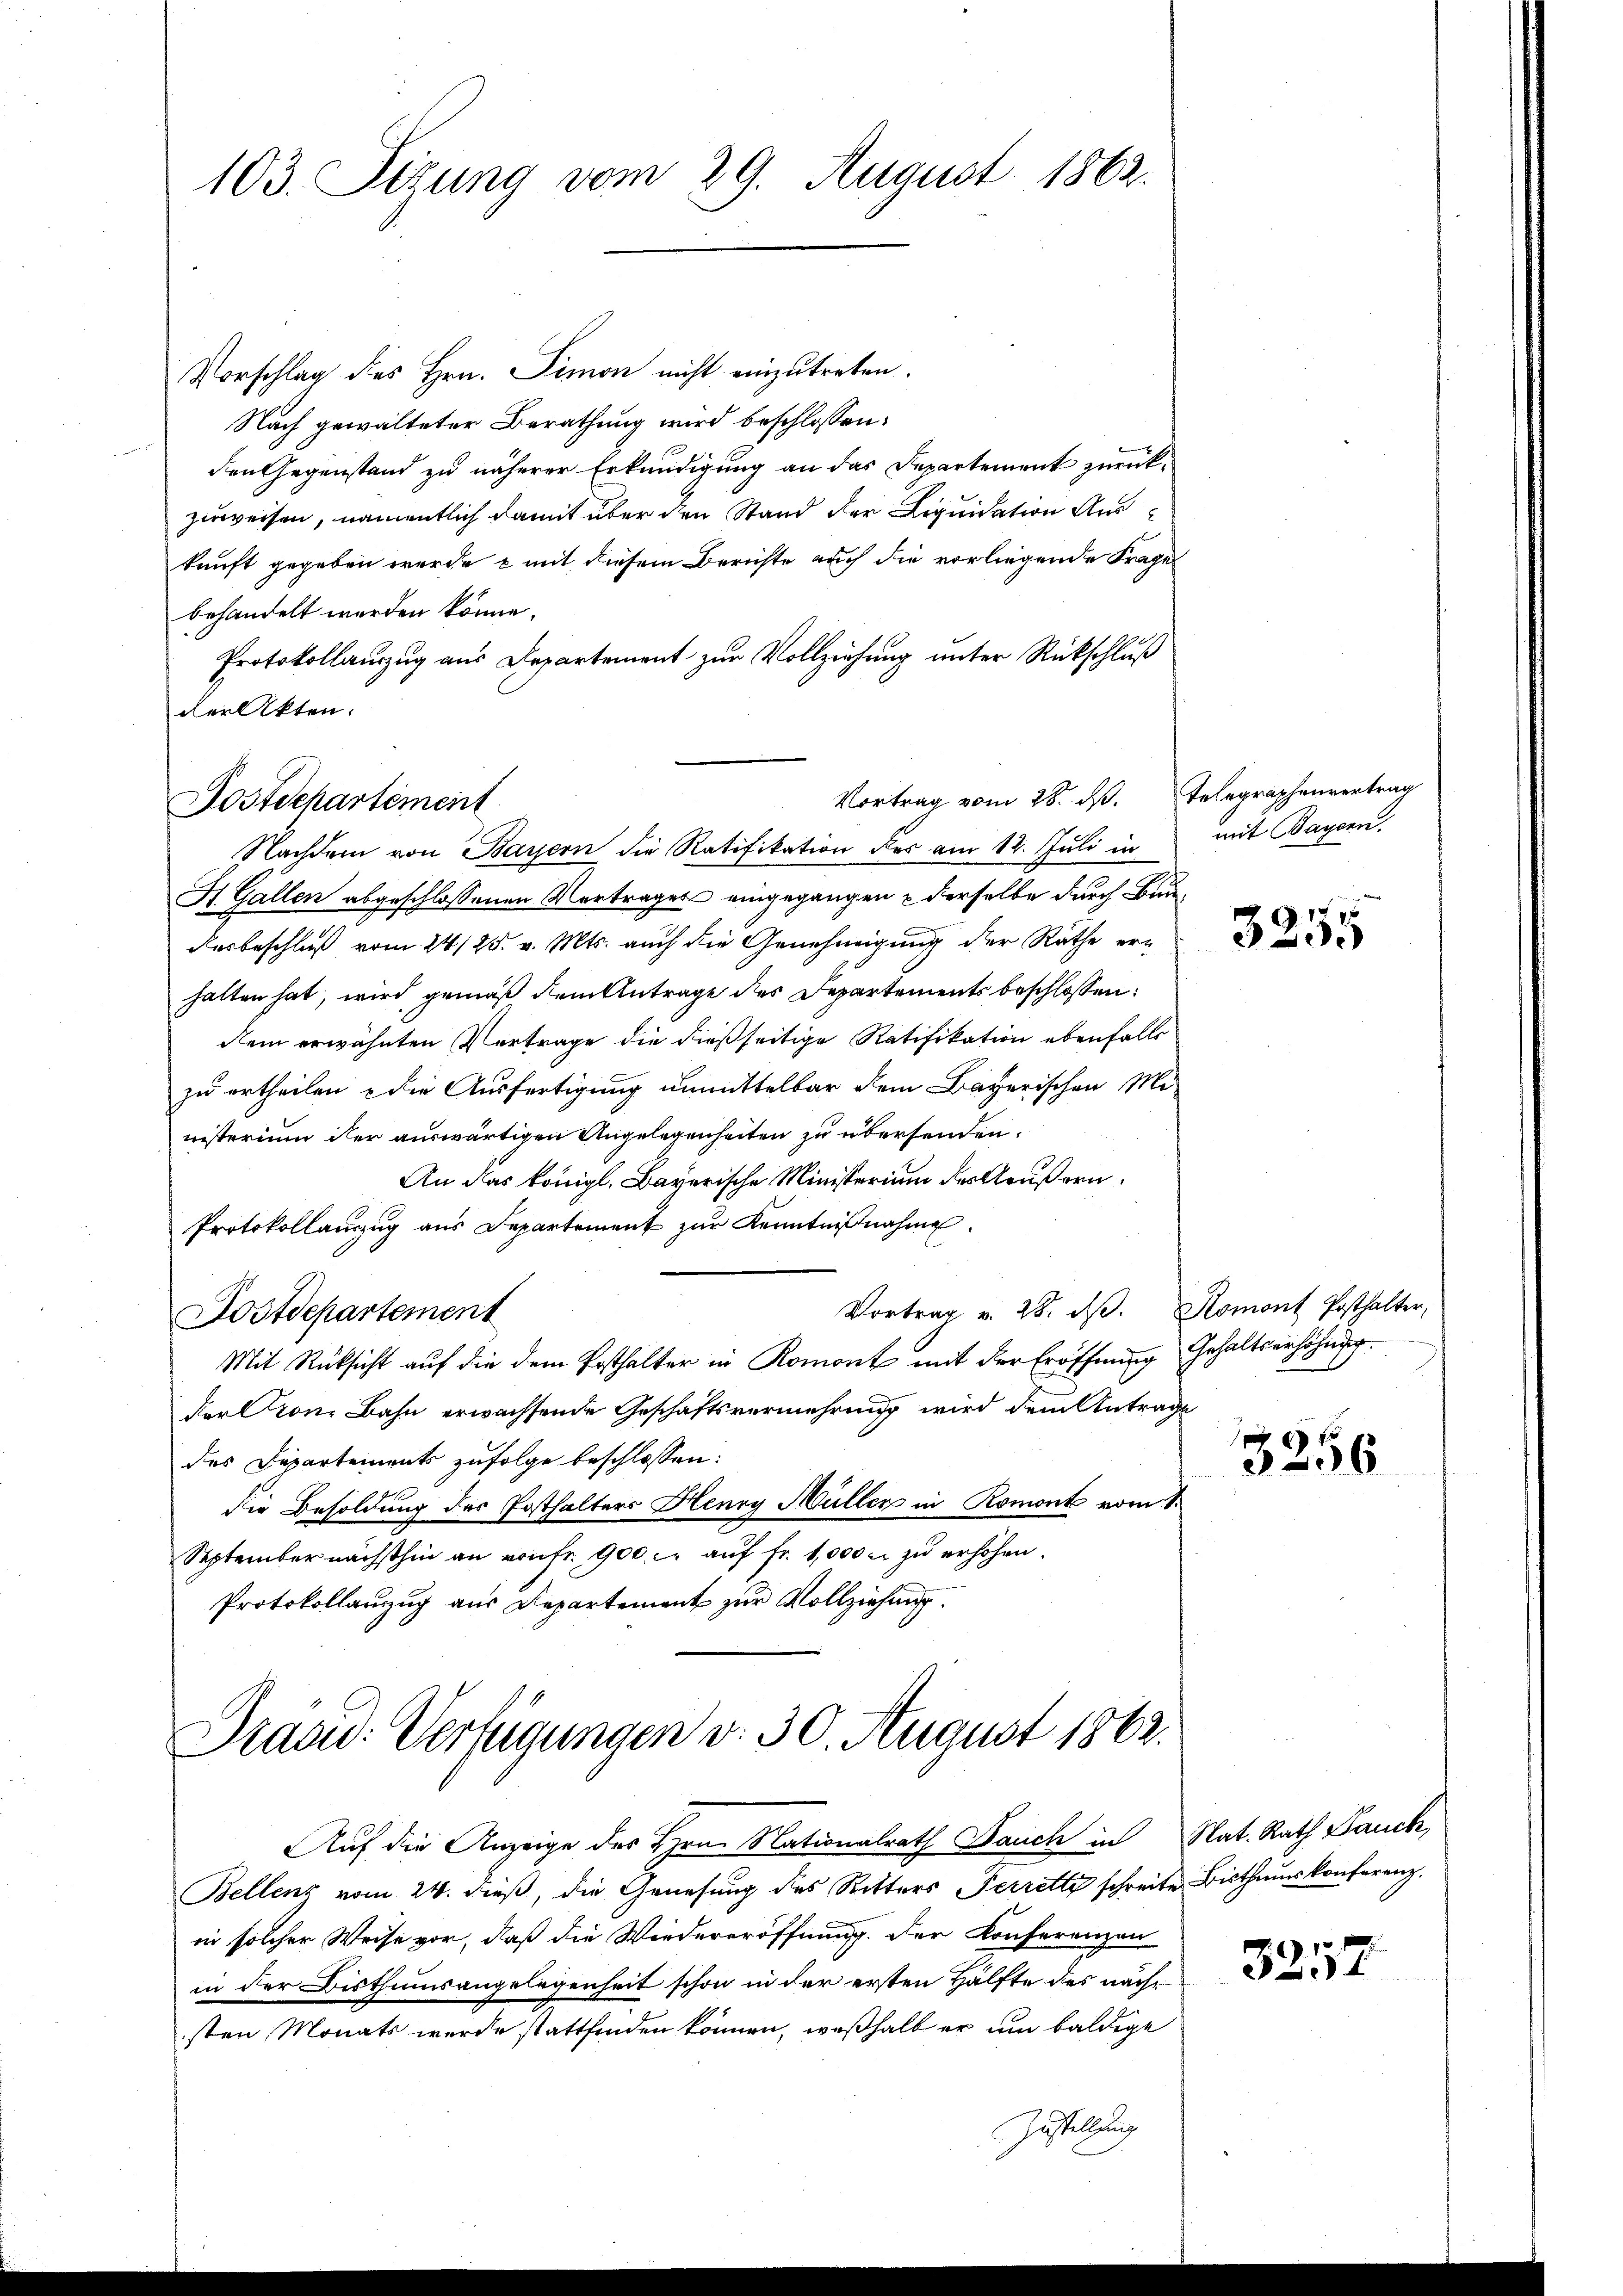
103. Sizung vom 29. August 1862.

Vorschlag des Hrn. Simon nicht einzutreten.
Nach gewalteter Berathung wird beschlossen:
den Gegenstand zu näherer Erkundigung an das Departement zurückzuweisen, namentlich damit über den Stand der Liquidation Auskunft gegeben wurde - mit diesem Berichte auch die vorliegende Frage
behandelt werden könne.
Protokollauszug aus Departement zur Vollziehung unter Rückschluß
der Akten.
St. Gallen abgeschlossenen Vertrages eingegangen & derselbe durch Baudesbeschluß vom 24/25. v. Mts. auch die Genehmigung der Räthe erhalten hat, wird gemäß dem Antrage des Departements beschlossen:
dem erwähnten Vertrage die dießseitige Ratifikation ebenfalls
zu ertheilen - die Ausfertigung unmittelbar dem Bayerischen Mi-
nisterium der auswärtigen Angelegenheiten zu übersenden.
An das königl. Bayerische Ministerium des Aeußern.
Protokollauszug aus Departement zur Kenntnißnahme.
Vortrag v. 28. dβ. Romont Posthalter,
Dostdepartement
Mit Rücksicht auf die dem Ersthalter in Romont mit der Eröffnung
der Pron Bahn erwachsende Geschäftsvermehrung wird dem Antrage
des Departements zufolge beschlossen:
die Besoldung des Posthalters Henry Müller in Romont vom 1.
September nächsthin an von fr. 900 c. aŭf fr. 1000 u. zŭ erhöhen.
Protokollanzug aus Departement zur Vollziehung.

Vortrag vom 28. ds. Telegraphenvertrag
Postdepartement
Nachdem von Bayern die Ratifikation des am 12. Juli in

Präsid. Verfügungen d. 30. August 1862.

Auf die Anzeige des Hrn. Nationalrath Bauch in Nat. Rath Bauch,
Bellenz vom 24. dieß, die Genesung des Ritters Perretty schreite Bisthauskonferenz.
in solcher Weise vor, daß die Wiedereröffnung. Der Konferenzen
in der Bisthumsangelegenheit schon in der ersten Hälfte des nachsten Monats werde stattfinden können, weßhalb er um baldige
Zustellung

3255

mit Bayern.

Gehaltserhöhung.

x
3256

3257